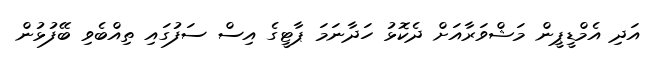
އަދި އެމްޑީޕީން މަޝްވަރާއަށް ދެކޮޅު ހަދާނަމަ ޕާޓީގެ އިސް ސަފުގައި ތިއްބެވި ބޭފުޅުން